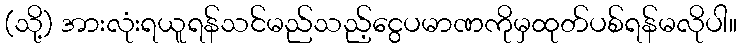
(သို့) အားလုံးရယူရန်သင်မည်သည့်ငွေပမာဏကိုမှထုတ်ပစ်ရန်မလိုပါ။